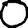
Digit: 0